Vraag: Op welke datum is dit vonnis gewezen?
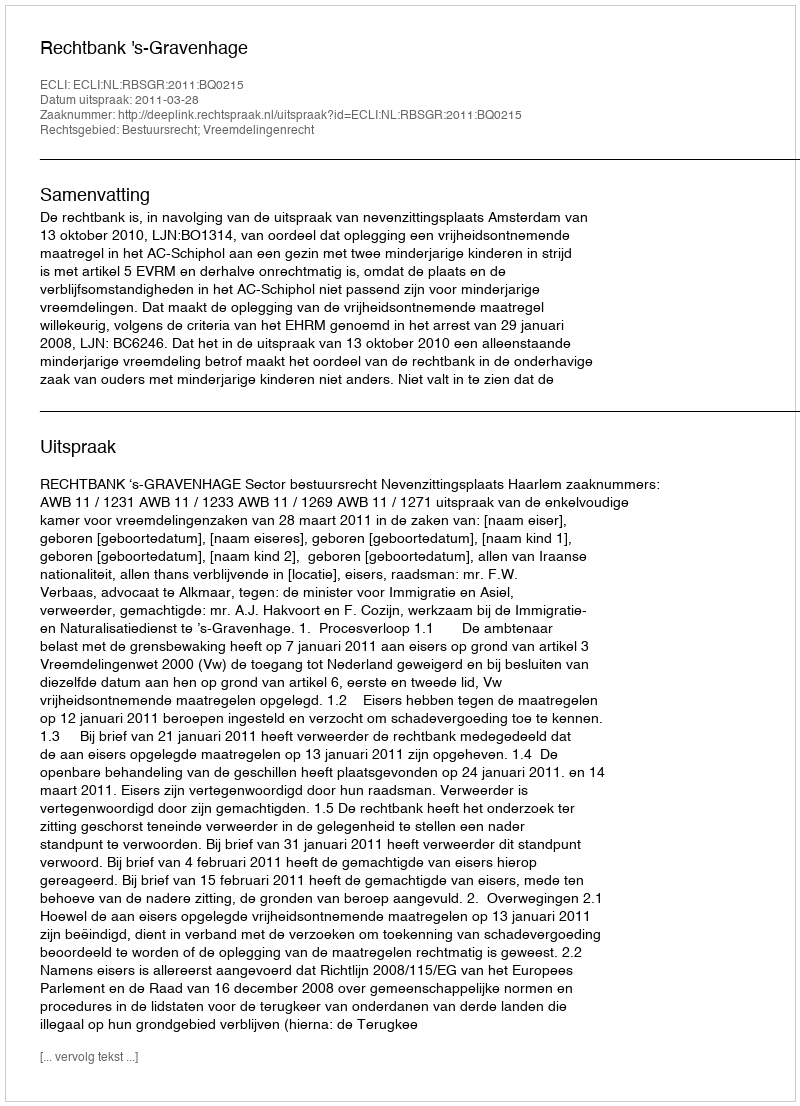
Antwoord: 2011-03-28